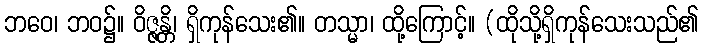
ဘဝေ၊ ဘဝ၌။ ဝိဇ္ဇန္တိ၊ ရှိကုန်သေး၏။ တသ္မာ၊ ထို့ကြောင့်။ (ထိုသို့ရှိကုန်သေးသည်၏